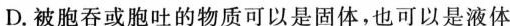
D.被胞吞或胞吐的物质可以是固体，也可以是液体